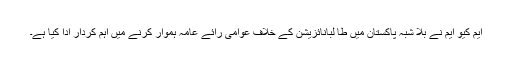
ایم کیو ایم نے بلا شبہ پاکستان میں طا لبانائزیشن کے خلاف عوامی رائے عامہ ہموار کرنے میں اہم کردار ادا کیا ہے۔